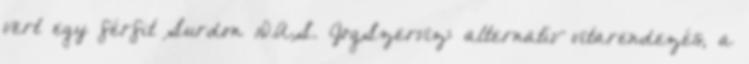
vert egy férfit Surdon D.A.S. JogSzerviz: alternatív vitarendezés, a